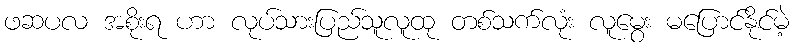
ဖဆပလ အစိုးရ ဟာ လုပ်သားပြည်သူလူထု တစ်သက်လုံး လူမွေး မပြောင်နိုင်မဲ့